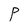
Character: P